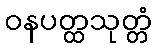
ဝနပတ္ထသုတ္တံ